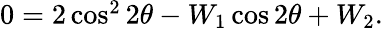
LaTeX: \begin{array}{r}{0=2\cos^{2}2\theta-W_{1}\cos 2\theta+W_{2}.}\end{array}